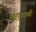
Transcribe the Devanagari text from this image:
लहानपणीं